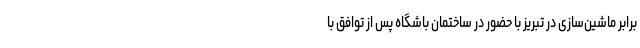
برابر ماشین‌سازی در تبریز با حضور در ساختمان باشگاه پس از توافق با